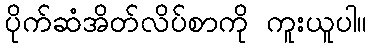
ပိုက်ဆံအိတ်လိပ်စာကို ကူးယူပါ။